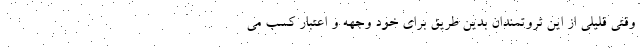
وقتی قلیلی از این ثروتمندان بدین طریق برای خود وجهه و اعتبار کسب می